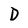
Character: D